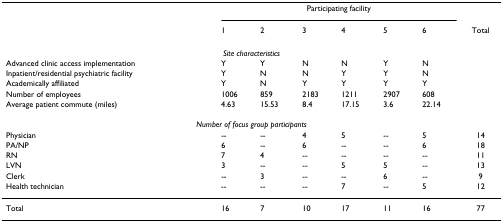
|  | <COLSPAN=6> Participating facility |  |
 |  | 1 | 2 | 3 | 4 | 5 | 6 | Total |
 | --- | --- | --- | --- | --- | --- | --- | --- |
 | <COLSPAN=8> Site characteristics |
 | Advanced clinic access implementation | Y | Y | N | N | Y | N |  |
 | Inpatient/residential psychiatric facility | Y | N | N | Y | Y | N |  |
 | Academically affiliated | Y | N | Y | Y | Y | Y |  |
 | Number of employees | 1006 | 859 | 2183 | 1211 | 2907 | 608 |  |
 | Average patient commute (miles) | 4.63 | 15.53 | 8.4 | 17.15 | 3.6 | 22.14 |  |
 | <COLSPAN=8> Number of focus group participants |
 | Physician | -- | -- | 4 | 5 | -- | 5 | 14 |
 | PA/NP | 6 | -- | 6 | -- | -- | 6 | 18 |
 | RN | 7 | 4 | -- | -- | -- | -- | 11 |
 | LVN | 3 | -- | -- | 5 | 5 | -- | 13 |
 | Clerk | -- | 3 | -- | -- | 6 | -- | 9 |
 | Health technician | -- | -- | -- | 7 | -- | 5 | 12 |
 | Total | 16 | 7 | 10 | 17 | 11 | 16 | 77 |